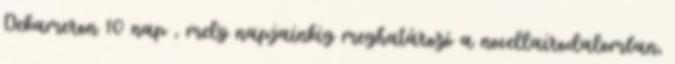
Dekameron 10 nap , mely napjainkig meghatározó a novellairodalomban,